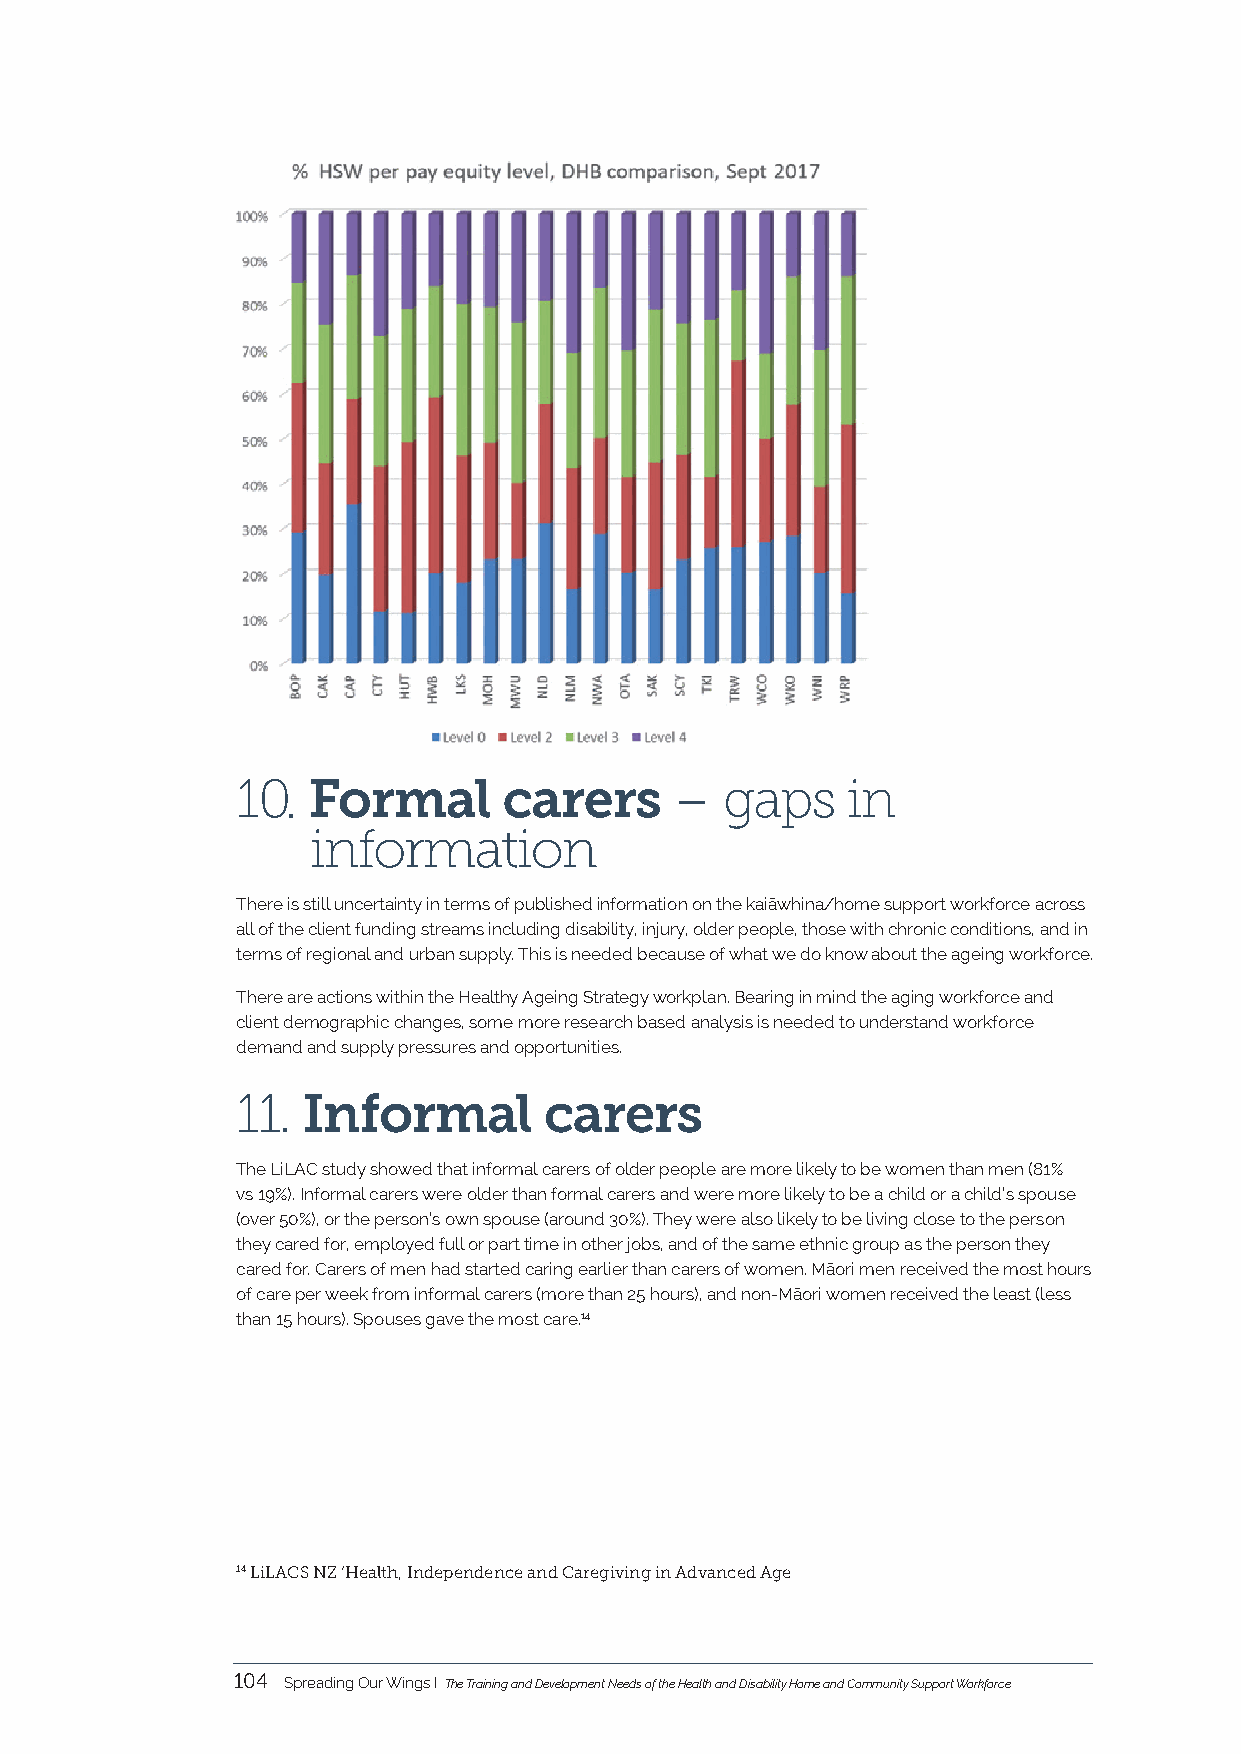
10. Formal       carers      –  gaps    in
 information
 There is still uncertainty in terms of published information on the kaiāwhina/home support workforce across
 all of the client funding streams including disability, injury, older people, those with chronic conditions, and in
 terms of regional and urban supply. This is needed because of what we do know about the ageing workforce.
 There are actions within the Healthy Ageing Strategy workplan. Bearing in mind the aging workforce and
 client demographic changes, some more research based analysis is needed to understand workforce
 demand and supply pressures and opportunities.
 11. Informal        carers
 The LiLAC study showed that informal carers of older people are more likely to be women than men (81%
 vs 19%). Informal carers were older than formal carers and were more likely to be a child or a child’s spouse
 (over 50%), or the person’s own spouse (around 30%). They were also likely to be living close to the person
 they cared for, employed full or part time in other jobs, and of the same ethnic group as the person they
 cared for. Carers of men had started caring earlier than carers of women. Māori men received the most hours
 of care per week from informal carers (more than 25 hours), and non-Māori women received the least (less
 than 15 hours). Spouses gave the most care.14
 14 LiLACS NZ ‘Health, Independence and Caregiving in Advanced Age
 104 Spreading Our Wings I The Training and Development Needs of the Health and Disability Home and Community Support Workforce